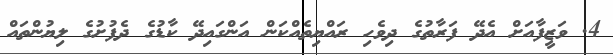
4. ވަޒީފާއަށް އެދޭ ފަރާތުގެ ދިވެހި ރައްޔިތެއްކަން އަންގައިދޭ ކާޑުގެ ދެފުށުގެ ލިޔުންތައް